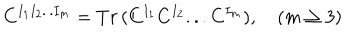
C ^ { I _ { 1 } I _ { 2 } . . . I _ { m } } = T r \, ( C ^ { I _ { 1 } } C ^ { I _ { 2 } } . . . C ^ { I _ { m } } ) , \quad ( m \geq 3 )